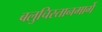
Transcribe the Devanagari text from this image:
बलुचिस्तानमार्गे